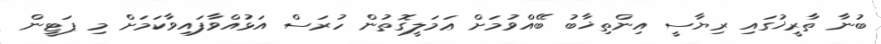
ބުނާ ތާރީޚުގައި ރިޔާސީ އިންތިޚާބު ބޭއްވުމަށް ޢަމަލީގޮތުން ހުރަސް އަޅުއްވާފައިވާކަމަށް މި ޕަޓީން